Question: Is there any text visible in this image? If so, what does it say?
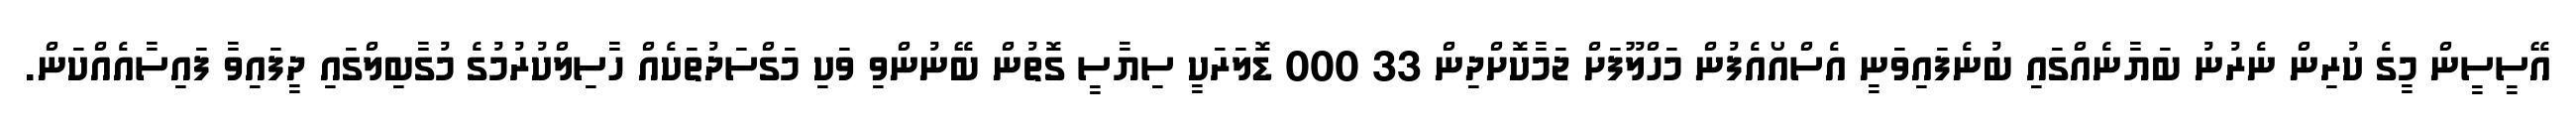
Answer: އޭސީސީން މީގެ ކުރިން ނެރުނު ބަޔާނެއްގައި ބުނެފައިވަނީ އެސްއޯއެފުން މަހްލޫފަށް ޖަމާކޮށްދިން 33 000 ޑޮލަރަކީ ސިޔާސީ ގޮތުން ބޭނުންވި ވަކި މަގްސަދުތަކެއް ހާސިލްކުރުމުގެ މުގާބިލްގައި ދީފައިވާ ފައިސާއެއްކަން.